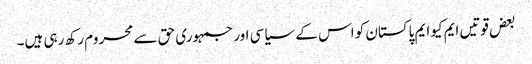
بعض قوتیں ایم کیوایم پاکستان کو اس کے سیاسی اور جمہوری حق سے محروم رکھ رہی ہیں۔